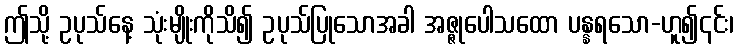
ဤသို့ ဥပုသ်နေ့ သုံးမျိုးကိုသိ၍ ဥပုသ်ပြုသောအခါ အဇ္ဇုပေါသထော ပန္နရသော-ဟူ၍၎င်း၊